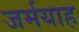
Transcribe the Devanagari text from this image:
जर्मयाह